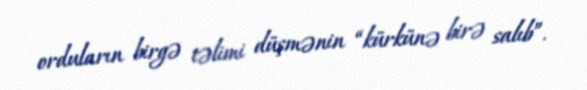
orduların birgə təlimi düşmənin “kürkünə birə salıb”.